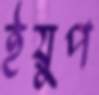
ইয়ুপ